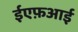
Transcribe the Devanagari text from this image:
ईएफ़आई